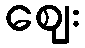
ဈေး